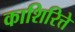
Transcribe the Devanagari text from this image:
काशिरित्ते